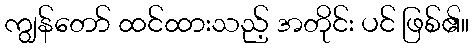
ကျွန်တော် ထင်ထားသည့် အတိုင်း ပင် ဖြစ်၏။